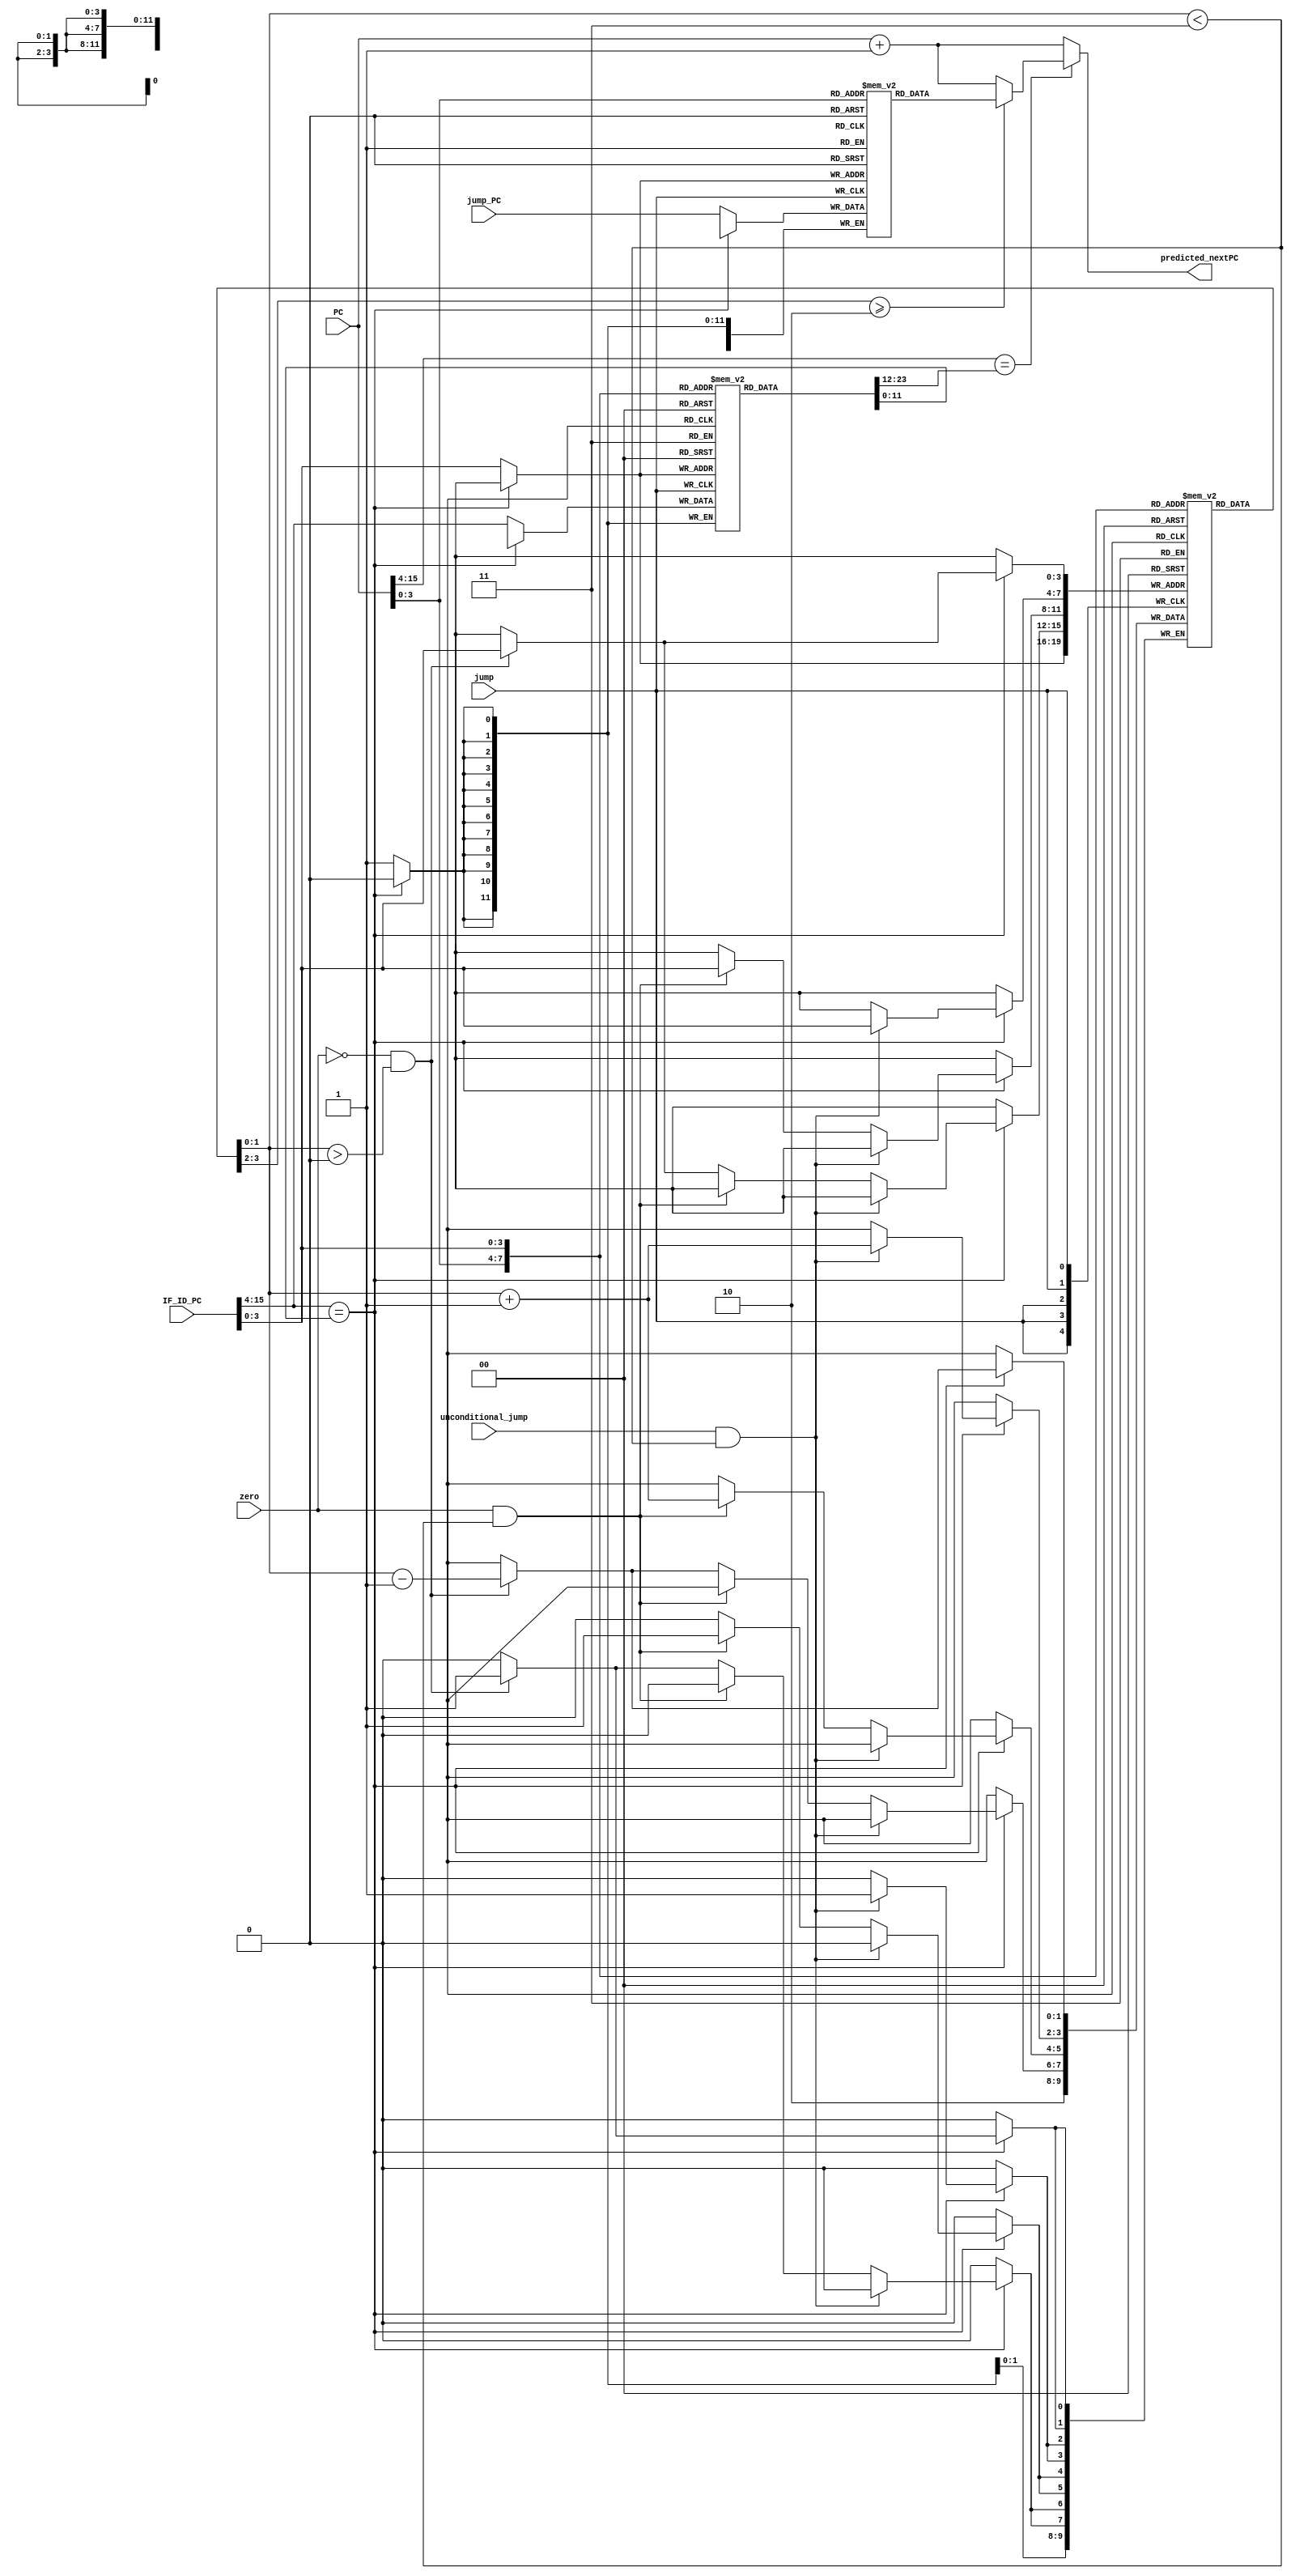
`define WORD_SIZE 16
`define index_bit 4
`define NUM_LINE 16

module Branch_Predictor(
  input [`WORD_SIZE-1:0] PC,
  input zero,
  input [`WORD_SIZE-1:0] jump_PC,
  input [`WORD_SIZE-1:0] IF_ID_PC,
  input jump,
  input unconditional_jump,
  output reg [`WORD_SIZE-1:0] predicted_nextPC
);

reg [`WORD_SIZE-`index_bit-1:0] tag_table[`NUM_LINE-1:0];
reg [1:0] prediction_state[`NUM_LINE-1:0];
reg [`WORD_SIZE-1:0] jump_PC_table[`NUM_LINE-1:0];

wire [`index_bit-1:0] index = PC[`index_bit-1:0];
wire [`index_bit-1:0] update_index = IF_ID_PC[`index_bit-1:0];

integer i;
//initialize
initial begin
    for(i = 0; i<`NUM_LINE ; i=i+1) begin
        tag_table[i] <= 0;
        prediction_state[i] <= 0;
        jump_PC_table[i] <= 1;
    end
end

// read prediction_table
always @(PC) begin
    if(PC[15:`index_bit] == tag_table[index]) begin
        if(prediction_state[index] >= 2) predicted_nextPC = jump_PC_table[index];
        else predicted_nextPC = PC + 1;
    end
    else predicted_nextPC = PC + 1;
end

// update
always @(posedge jump) begin
    if(IF_ID_PC[15:`index_bit] == tag_table[update_index]) begin     // tag matched
        if(unconditional_jump && prediction_state[update_index] < 3) begin
            prediction_state[update_index] <= prediction_state[update_index] + 1;
        end
        else if(zero && prediction_state[update_index] < 3) begin 
            prediction_state[update_index] <= prediction_state[update_index] + 1;
        end
        else if(!zero && prediction_state[update_index] > 0) begin
            prediction_state[update_index] <= prediction_state[update_index] - 1;
        end
    end
    else begin  // tag unmatched
        tag_table[update_index] = IF_ID_PC[15:`index_bit];
        jump_PC_table[update_index] = jump_PC;
        prediction_state[update_index] = 2'd2;
    end
end

always @(negedge jump) begin
    if(IF_ID_PC[15:`index_bit] == tag_table[update_index]) begin     // tag matched
        if(!zero && prediction_state[update_index] > 0) begin
            prediction_state[update_index] <= prediction_state[update_index] - 1;
        end
    end
end

endmodule